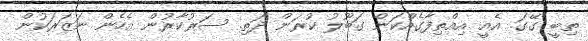
ތިބީ ގޭގަ. އެއީ އިއްތިފާގެއްކަން ގަބޫލު ކުރަން ދަތި. ސަރުކާރުން އެހެން ނަޒަރަކުން